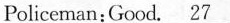
Policeman:Good. \underline{27}